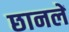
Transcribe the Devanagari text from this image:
छानलें